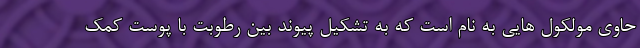
حاوی مولکول هایی به نام است که به تشکیل پیوند بین رطوبت با پوست کمک